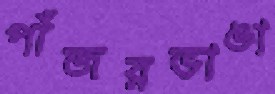
পাঁজরভাঙা